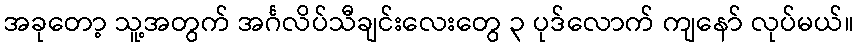
အခုတော့ သူ့အတွက် အင်္ဂလိပ်သီချင်းလေးတွေ ၃ ပုဒ်လောက် ကျနော် လုပ်မယ်။